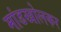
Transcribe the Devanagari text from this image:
मांडखोलकर